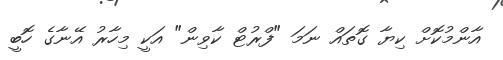
އާންމުކޮށް ކިޔާ ގޮތައް ނަމަ "ފްރުޓް ކާވިން" އަކީ މިހާރު އޭނާގެ ހޮބީ